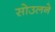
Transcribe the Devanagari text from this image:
सोउलने